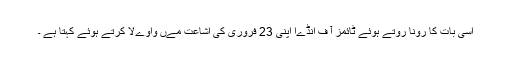
اسی بات کا رونا روتے ہوئے ٹائمز آ ف انڈےا اپنی 23 فروری کی اشاعت مےں واوےلا کرتے ہوئے کہتا ہے ۔